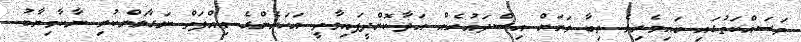
މަސައްކަތުގައި ބައިވެރިވެ ތިބާ ވަރަށް އިސްދައުރެއް އަދާކޮށްދީފައިވާތީ އަހަރެންގެ ޢިއްފަތް ނަގާލަންކުރި ނާކާމިޔާބު